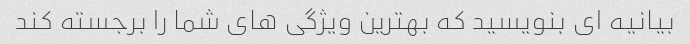
بیانیه ای بنویسید که بهترین ویژگی های شما را برجسته کند